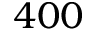
4 0 0